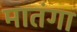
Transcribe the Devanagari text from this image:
मातंगा